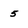
Character: 5